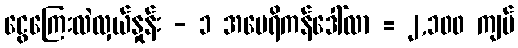
ငွေကြေးလဲလှယ်နှုန်း - ၁ အမေရိကန်ဒေါ်လာ = ၂,၁၀၀ ကျပ်